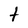
Character: t